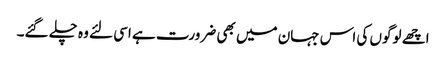
اچھے لوگوں کی اس جہان میں بھی ضرورت ہے اسی لئے وہ چلے گئے۔